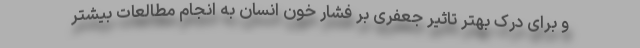
و برای درک بهتر تاثیر جعفری بر فشار خون انسان به انجام مطالعات بیشتر